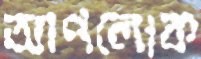
আপলোক